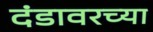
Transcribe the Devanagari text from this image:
दंडावरच्या